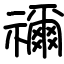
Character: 禰